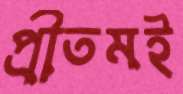
প্রীতমই